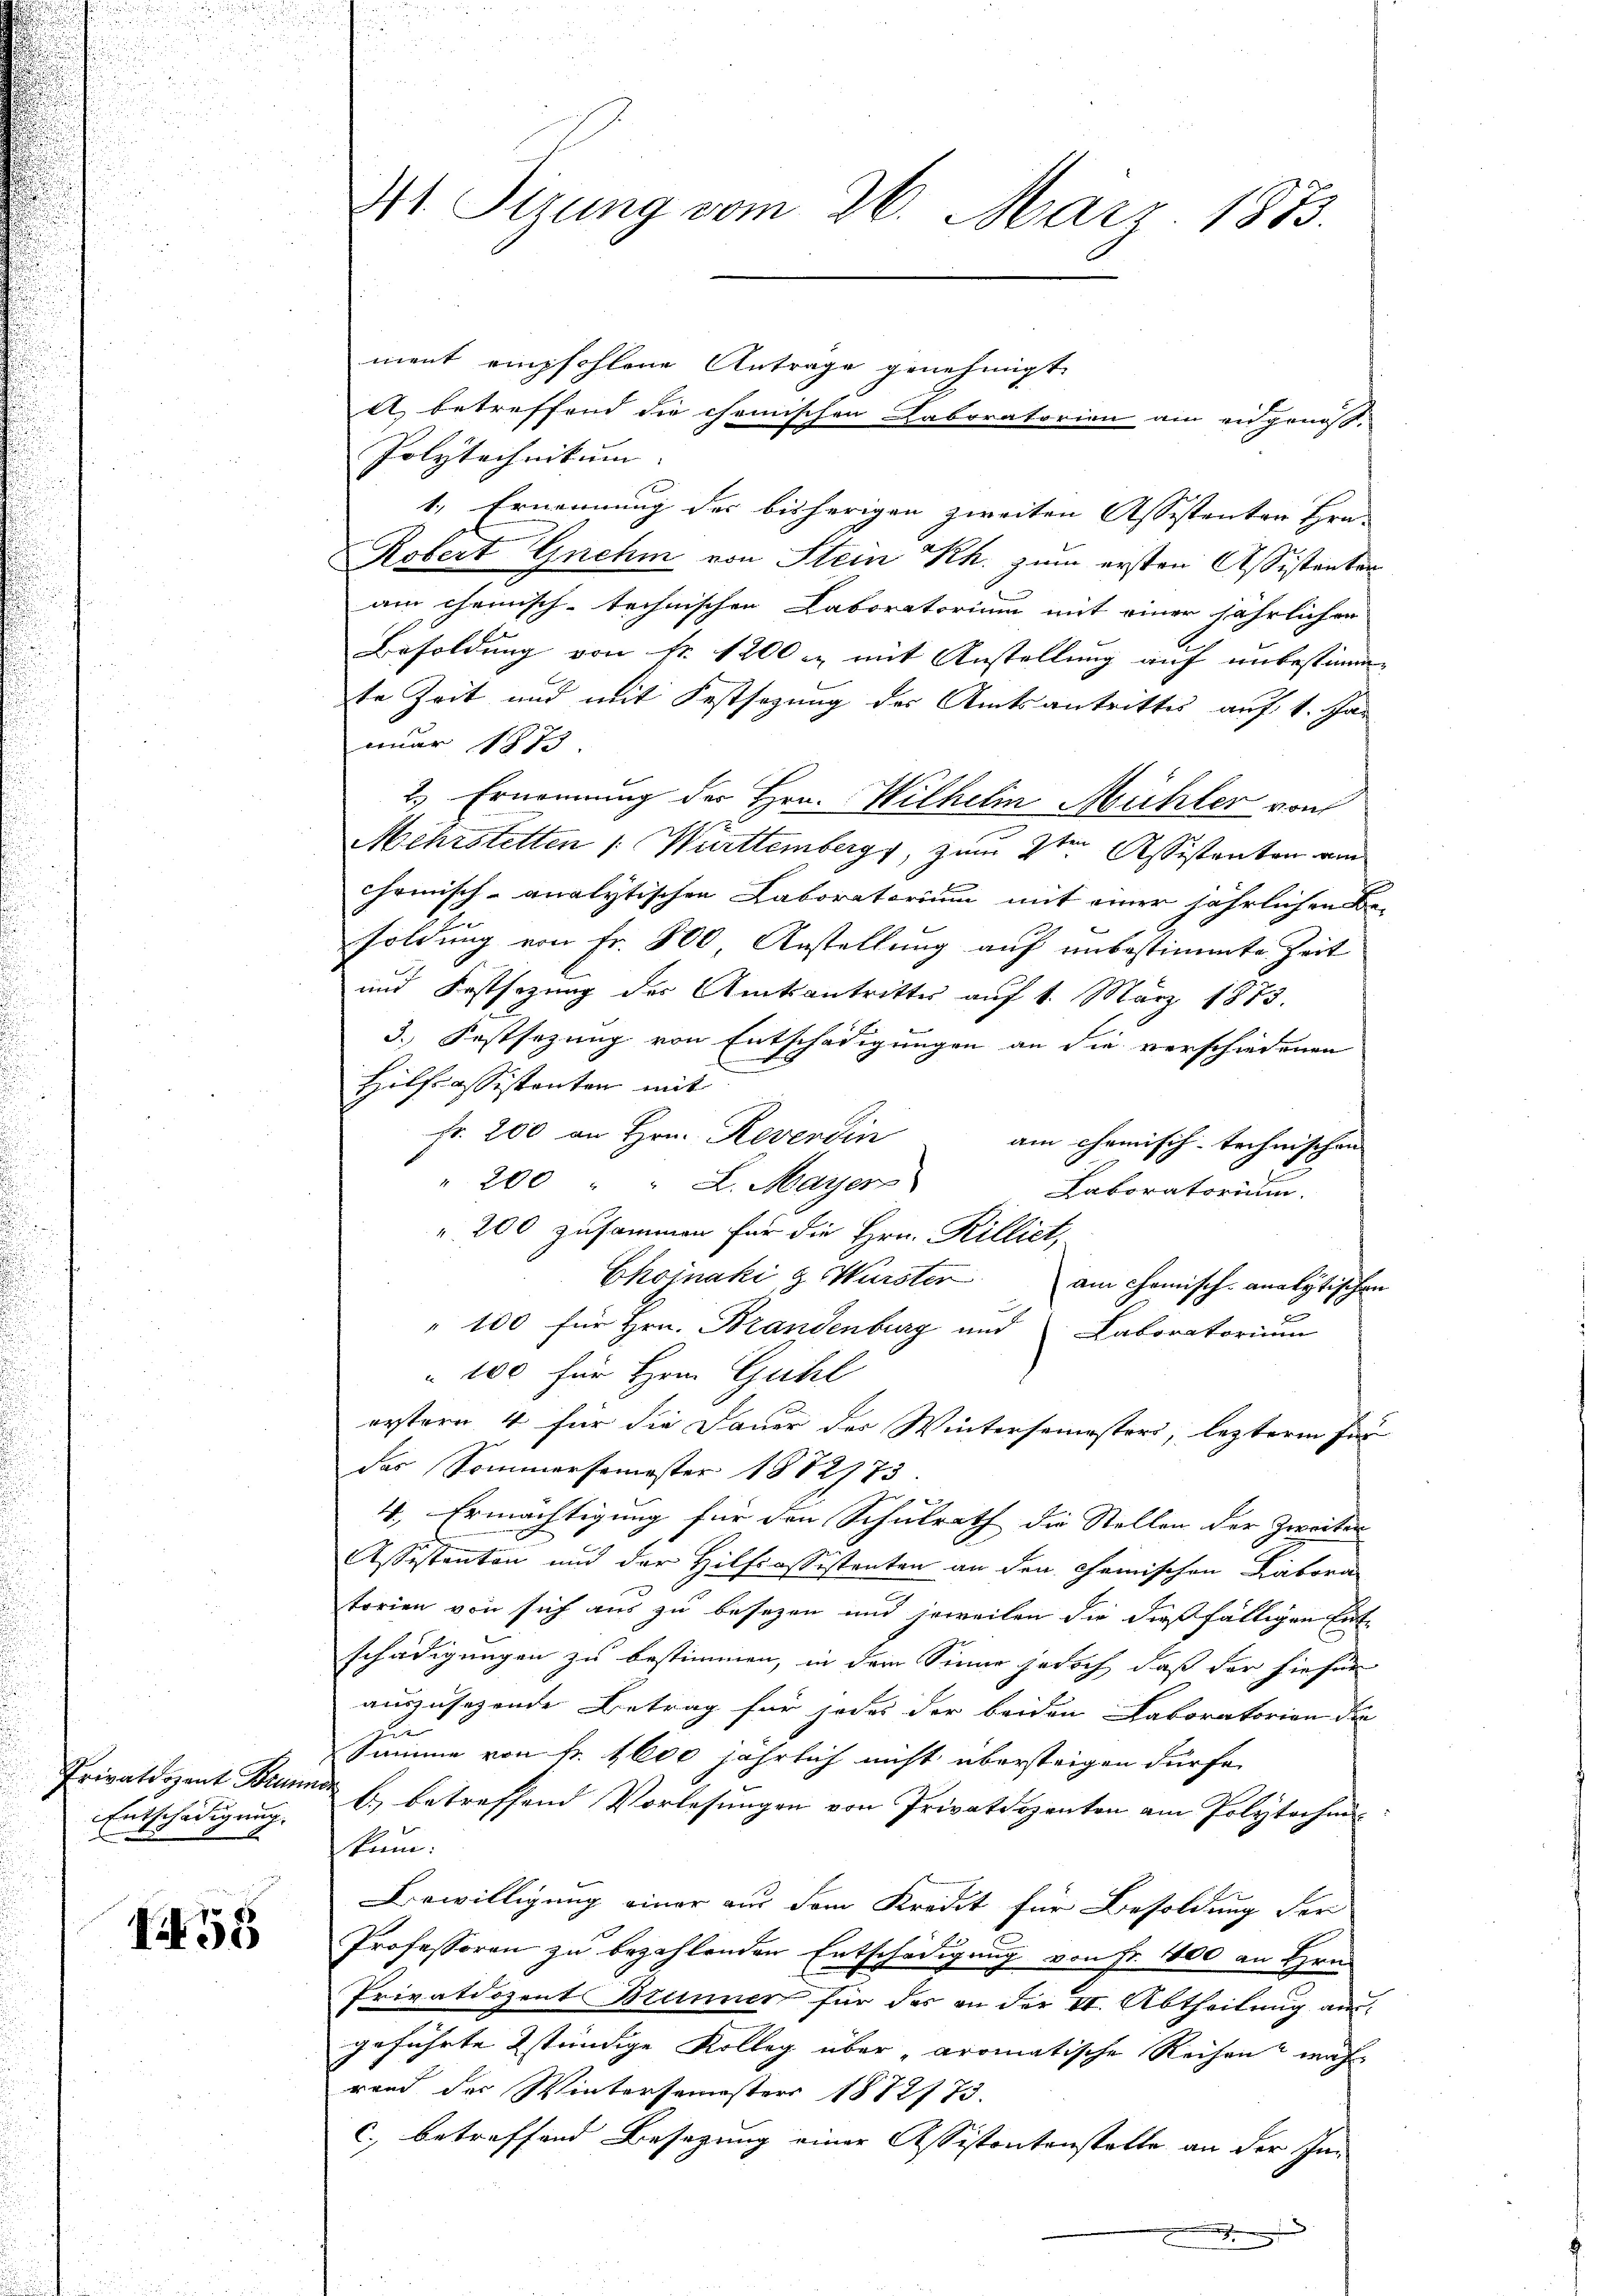
Privatdozent Brunn
Entschädigung. |
und

1458

41. Sitzung vom 26. März 1873.

ment empfohlene Antrage genehmigt.
a) betreffend die chemischen Laboratorien am eidgenoß¬
Polytechnikum. |
1.) Ernennung der bisherigen zweiten Assestanten Hrn.
Robert Gnehm von Stein Rh. zum ersten Assistanten
am chemisch-technischen Laboratorium mit einer jährlichen
Besoldung von Nr. 1200 u. mit Anstellung auf unbestimm-
te Zeit und mit Festsezung des Amtsantrittes auf 1. Jan
nuar 1877
2.) Ernennung der Hrn. Wilhelm Mühler von
Mehrstetten 1. Württemberg, zum 2ten Assistanten am
Chemisch-analytischen Laboratorium mit einer jährlichen Besoldung von Fr. 800 Anstellung auf unbestimmte Zeit
und Festsezung des Amtsantritter auf 1. März 1873.
3.) Festsezung von Entschädigungen an die verschiedenen
Hilfsassistonten mit
Fr. 200 an Hrn. Reverdin
am chemisch-technischen
" 200 " L. Mayer
Laboratorium.
" 200 zusammen für die Hrn. Rilliet,
Chojnaki & Würster
am Chemisch-analytischen
" 100 für Hrn. Brandenburg und Laboratorium
" 100 für Hrn. Guhl
erstern 4 für die Dauer der Wintersemesters, lezteren für
das Sommersemester 1882773
4. Ermächtigung für den Schulrath die Stellen der Zweiten
Assistanton und der Hilfcassistenten an den Chemischen Labora
torien von sich aus zu besetzen und jeweilen die dießfälligen Entschädigungen zu bestimmen, in dem Sinne jedoch, daß der hiefür
auszusezende Betrag für jedes der beiden Laboratorion die
zur
Summe von Fr. 1600 jährlich nicht übersteigen dürfe.
b) betreffend Vorlesungen von Privatdozenten am Polytechen-
kum.
Bewilligung einer aus dem Kredit für Besoldung der
Professoren zu bezahlenden Entschädigung von Fr. 400 an Hrn.
Privatdozent Brunner für das an der II. Abtheilung ausgeführte ständige Kolleg über „aromatische Reihen mach
rand der Wintersemesters 1812775.
c. betreffend Besazung einer Assistontenstalte an der ihm